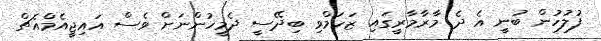
ފުލުހުން ބުނީ އެ ދެ މާރާމާރީގައި ޒަހަމްވި ބިދޭސީ ދެމީހުންނަށް ވެސް އައިޖީއެމްއެޗް